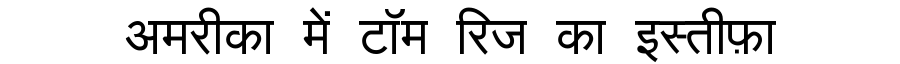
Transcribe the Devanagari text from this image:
अमरीका में टॉम रिज का इस्तीफ़ा